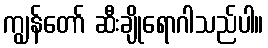
ကျွန်တော် ဆီးချိုရောဂါသည်ပါ။